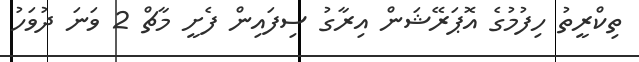
ތިކްރީތު ހިފުމުގެ އޮޕަރޭޝަން އިރާގު ސިފައިން ފެށީ މާޗް 2 ވަނަ ދުވަހު